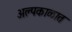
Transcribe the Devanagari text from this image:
अल्पकाळात